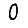
Digit: 0